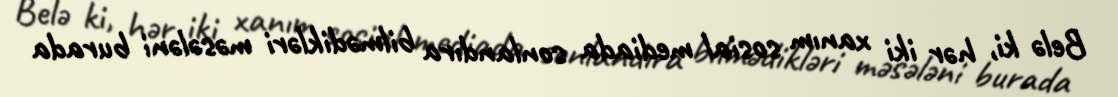
Belə ki, hər iki xanım sosial mediada sonlandıra bilmədikləri məsələni burada